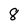
Character: 8